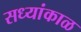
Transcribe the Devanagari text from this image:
सध्यांकाळ